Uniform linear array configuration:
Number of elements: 64
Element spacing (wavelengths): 0.25
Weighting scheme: blackman
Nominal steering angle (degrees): -15
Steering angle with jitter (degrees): -14.528
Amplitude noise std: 0.05
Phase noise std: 0.05

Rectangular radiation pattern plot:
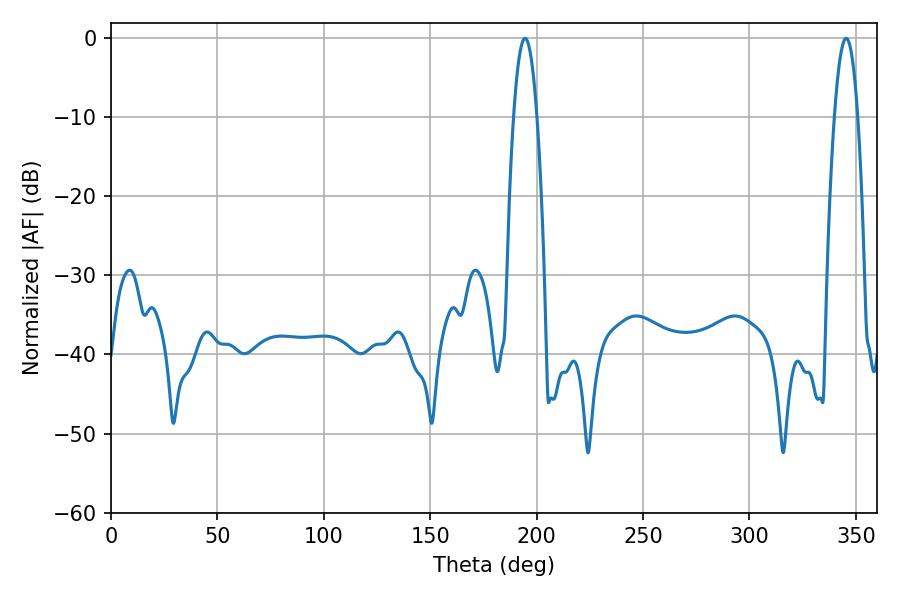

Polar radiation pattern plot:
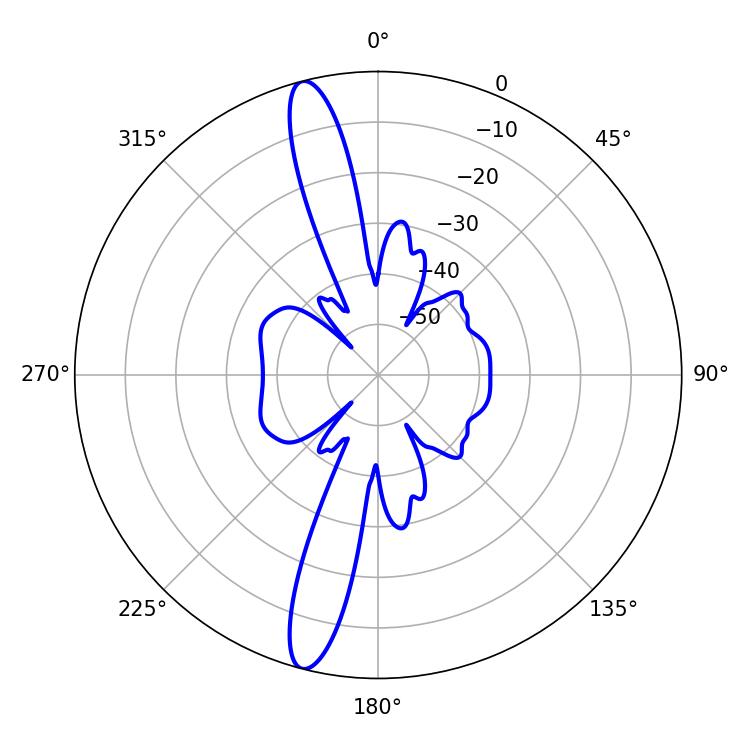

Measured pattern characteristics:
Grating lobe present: FALSE
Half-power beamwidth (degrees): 6.12
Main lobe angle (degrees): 345.42